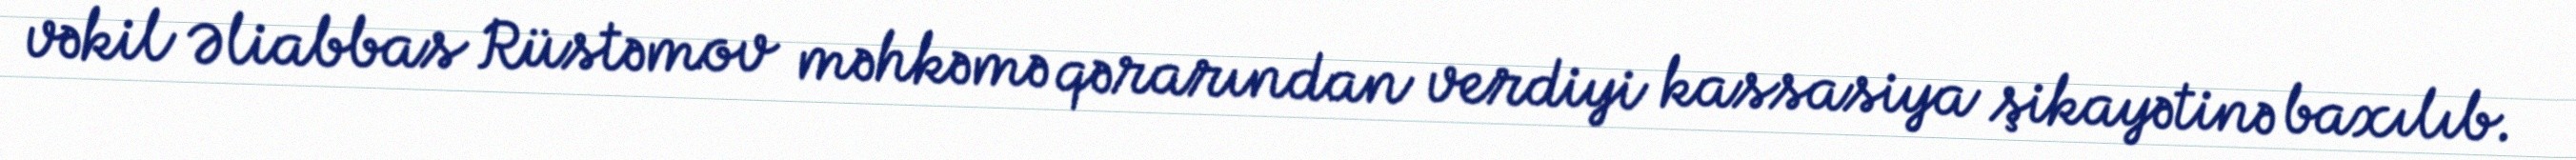
vəkil Əliabbas Rüstəmov məhkəmə qərarından verdiyi kassasiya şikayətinə baxılıb.